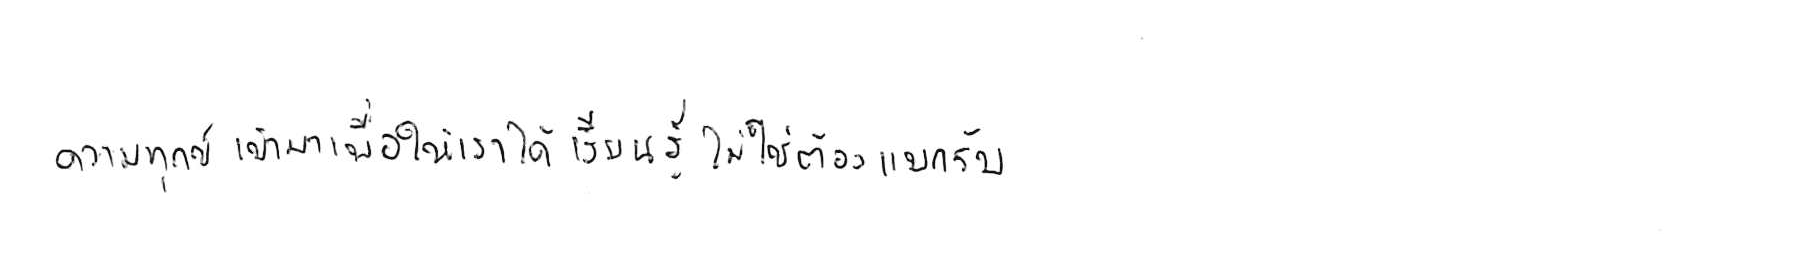
ความทุกข์ เข้ามาเพื่อให้เราได้ เรียนรู้ ไม่ใช่ต้อง แบกรับ